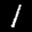
Label: 1